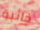
خائبة